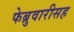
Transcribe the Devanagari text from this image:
फेब्रुवारीसह